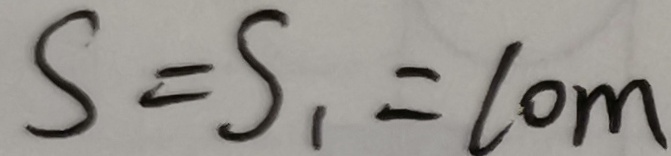
S = S _ { 1 } = 1 0 m